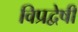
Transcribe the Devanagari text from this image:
विप्रद्वेषी